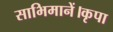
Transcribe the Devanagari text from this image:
साभिमानें।कृपा